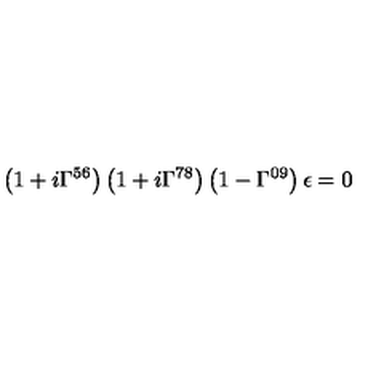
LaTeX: \left( 1 + i \Gamma ^ { 5 6 } \right) \left( 1 + i \Gamma ^ { 7 8 } \right) \left( 1 - \Gamma ^ { 0 9 } \right) \epsilon = 0